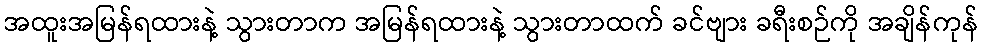
အထူးအမြန်ရထားနဲ့ သွားတာက အမြန်ရထားနဲ့ သွားတာထက် ခင်ဗျား ခရီးစဉ်ကို အချိန်ကုန်